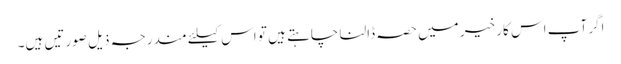
اگر آپ اس کار خیر میں حصہ ڈالنا چاہتے ہیں تو اس کیلئے مندرجہ ذیل صورتیں ہیں۔